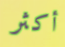
أكثر